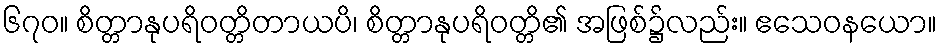
၆၇၀။ စိတ္တာနုပရိဝတ္တိတာယပိ၊ စိတ္တာနုပရိဝတ္တိ၏ အဖြစ်၌လည်း။ ဧသေဝနယော။